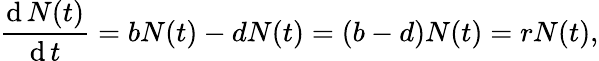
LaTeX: {\frac{\operatorname{d}N(t)}{\operatorname{d}t}}=bN(t)-dN(t)=(b-d)N(t)=rN(t),